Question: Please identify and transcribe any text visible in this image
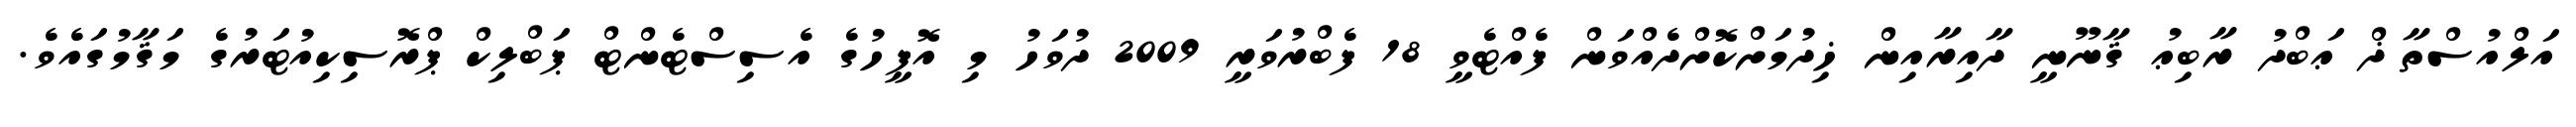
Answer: އަލްއުސްތާޛް ޢަބްދު ރާބިޢު ޤާނޫނީ ދާއިރާއިން ޚިދުމަށްކޮށްދެއްވަން ފެއްޓެވީ 18 ފެބްރުވަރީ 2009 ދުވަހު މި އޮފީހުގެ އެސިސްޓެންޓް ޕަބްލިކް ޕްރޮސިކިއުޓަރުގެ މަޤާމުގައެވެ.